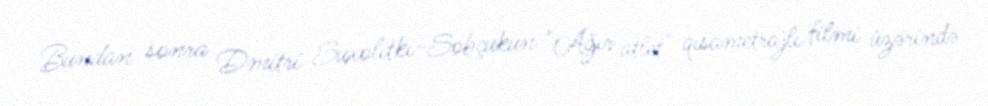
Bundan sonra Dmitri Suxolitki-Sobçukun "Ağır atlet" qısametrajlı filmi üzərində